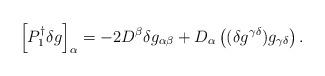
LaTeX: \begin{align*}\left[ P_{1}^{\dagger}\delta g\right]_{\alpha} = - 2 D^{\beta}\delta g_{\alpha\beta} + D_{\alpha}\left( (\delta g^{\gamma\delta}) g_{\gamma\delta} \right). \end{align*}